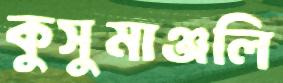
কুসুমাঞ্জলি